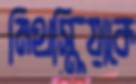
মিথস্ক্রিয়াকে